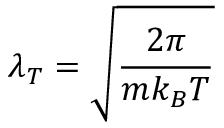
\lambda _ { T } = \sqrt { \frac { 2 \pi } { m k _ { B } T } }